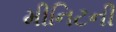
મીનિટની